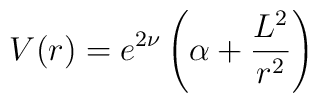
V(r) = e^{2\nu} \left( \alpha +\frac{L^2}{r^2} \right)